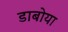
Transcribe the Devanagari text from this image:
डाबोया